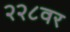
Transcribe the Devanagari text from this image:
२२८वर